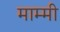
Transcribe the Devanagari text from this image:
माम्मी